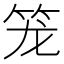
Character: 笼